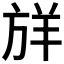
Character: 𪯷